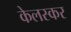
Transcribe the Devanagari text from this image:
केलस्कर